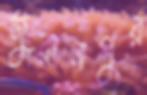
জুরানপুর